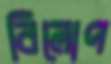
বিলোপ